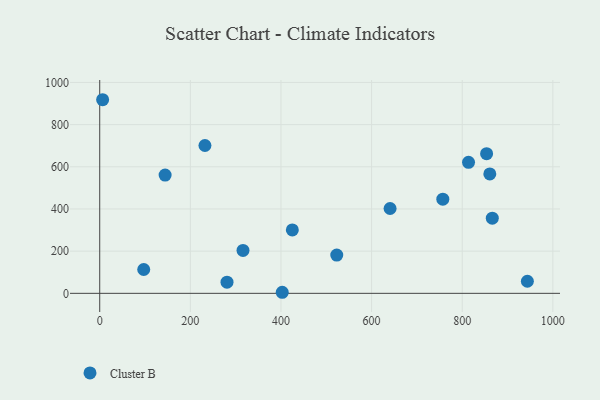
{"axis": {"x": "Experience", "y": "Salary"}, "legend": ["Cluster B"], "data": [{"x": "866.4", "y": 356.6, "type": "Cluster B"}, {"x": "232.2", "y": 701.1, "type": "Cluster B"}, {"x": "943.8", "y": 57.2, "type": "Cluster B"}, {"x": "860.9", "y": 566.4, "type": "Cluster B"}, {"x": "425.1", "y": 300.9, "type": "Cluster B"}, {"x": "144.3", "y": 560.9, "type": "Cluster B"}, {"x": "402.8", "y": 5.0, "type": "Cluster B"}, {"x": "813.9", "y": 621.2, "type": "Cluster B"}, {"x": "97.1", "y": 112.9, "type": "Cluster B"}, {"x": "280.9", "y": 52.8, "type": "Cluster B"}, {"x": "316.2", "y": 203.3, "type": "Cluster B"}, {"x": "6.4", "y": 918.1, "type": "Cluster B"}, {"x": "757.2", "y": 446.5, "type": "Cluster B"}, {"x": "853.8", "y": 662.2, "type": "Cluster B"}, {"x": "523.1", "y": 181.6, "type": "Cluster B"}, {"x": "640.8", "y": 402.2, "type": "Cluster B"}]}